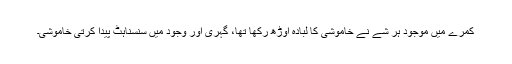
کمرے میں موجود ہر شے نے خاموشی کا لبادہ اوڑھ رکھا تھا، گہری اور وجود میں سنسناہٹ پیدا کرتی خاموشی۔